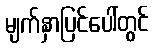
မျက်နှာပြင်ပေါ်တွင်